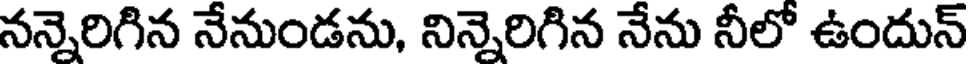
నన్నెరిగిన నేనుండను, నిన్నెరిగిన నేను నీలో ఉందున్